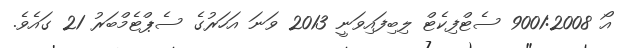
އޯ 9001:2008 ސެޓްފިކެޓް ލިބިފައިވަނީ 2013 ވަނަ އަހަރުގެ ސެޕްޓެމްބަރު 21 ގައެވެ.